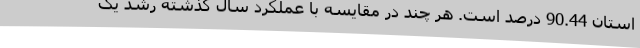
استان 90.44 درصد است. هر چند در مقایسه با عملکرد سال گذشته رشد یک